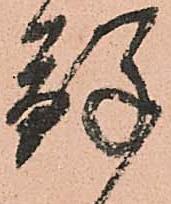
鮮